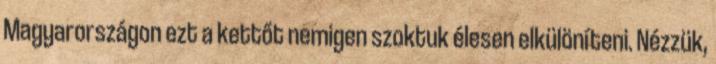
Magyarországon ezt a kettőt nemigen szoktuk élesen elkülöníteni. Nézzük,